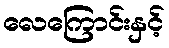
လေကြောင်းနှင့်